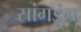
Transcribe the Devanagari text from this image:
सांगइंग